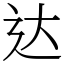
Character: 达